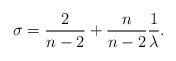
\begin{align*}\sigma=\frac{2}{n-2}+\frac{n}{n-2}\frac{1}{\lambda}.\end{align*}